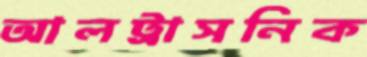
আলট্রাসনিক